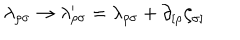
LaTeX: \lambda _ { \rho \sigma } \rightarrow \lambda _ { \rho \sigma } ^ { \prime } = \lambda _ { \rho \sigma } + \partial _ { [ \rho } \zeta _ { \sigma ] }